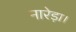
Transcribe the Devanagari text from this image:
नारेड़ा।